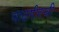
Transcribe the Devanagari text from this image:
यादगीरची